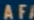
AFA